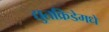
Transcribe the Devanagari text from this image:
द्युतक्रिडेमधे